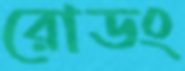
রোডং